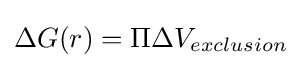
\Delta G(r)=\Pi \Delta V_{exclusion}